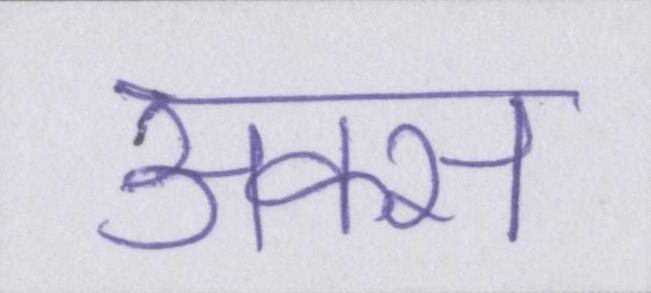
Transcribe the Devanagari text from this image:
अक्स